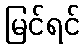
မြင်ရင်